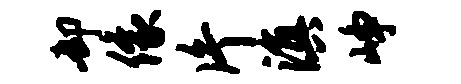
却像片滇峥